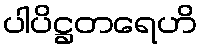
ပါပိဋ္ဌတရေဟိ